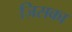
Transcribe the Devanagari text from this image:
जिसका